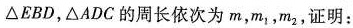
△EBD，△ADC的周长依次为m，m_{1}，m_{2}，证明：